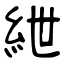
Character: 紲